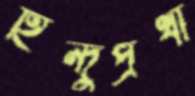
হিন্দুপ্রথা